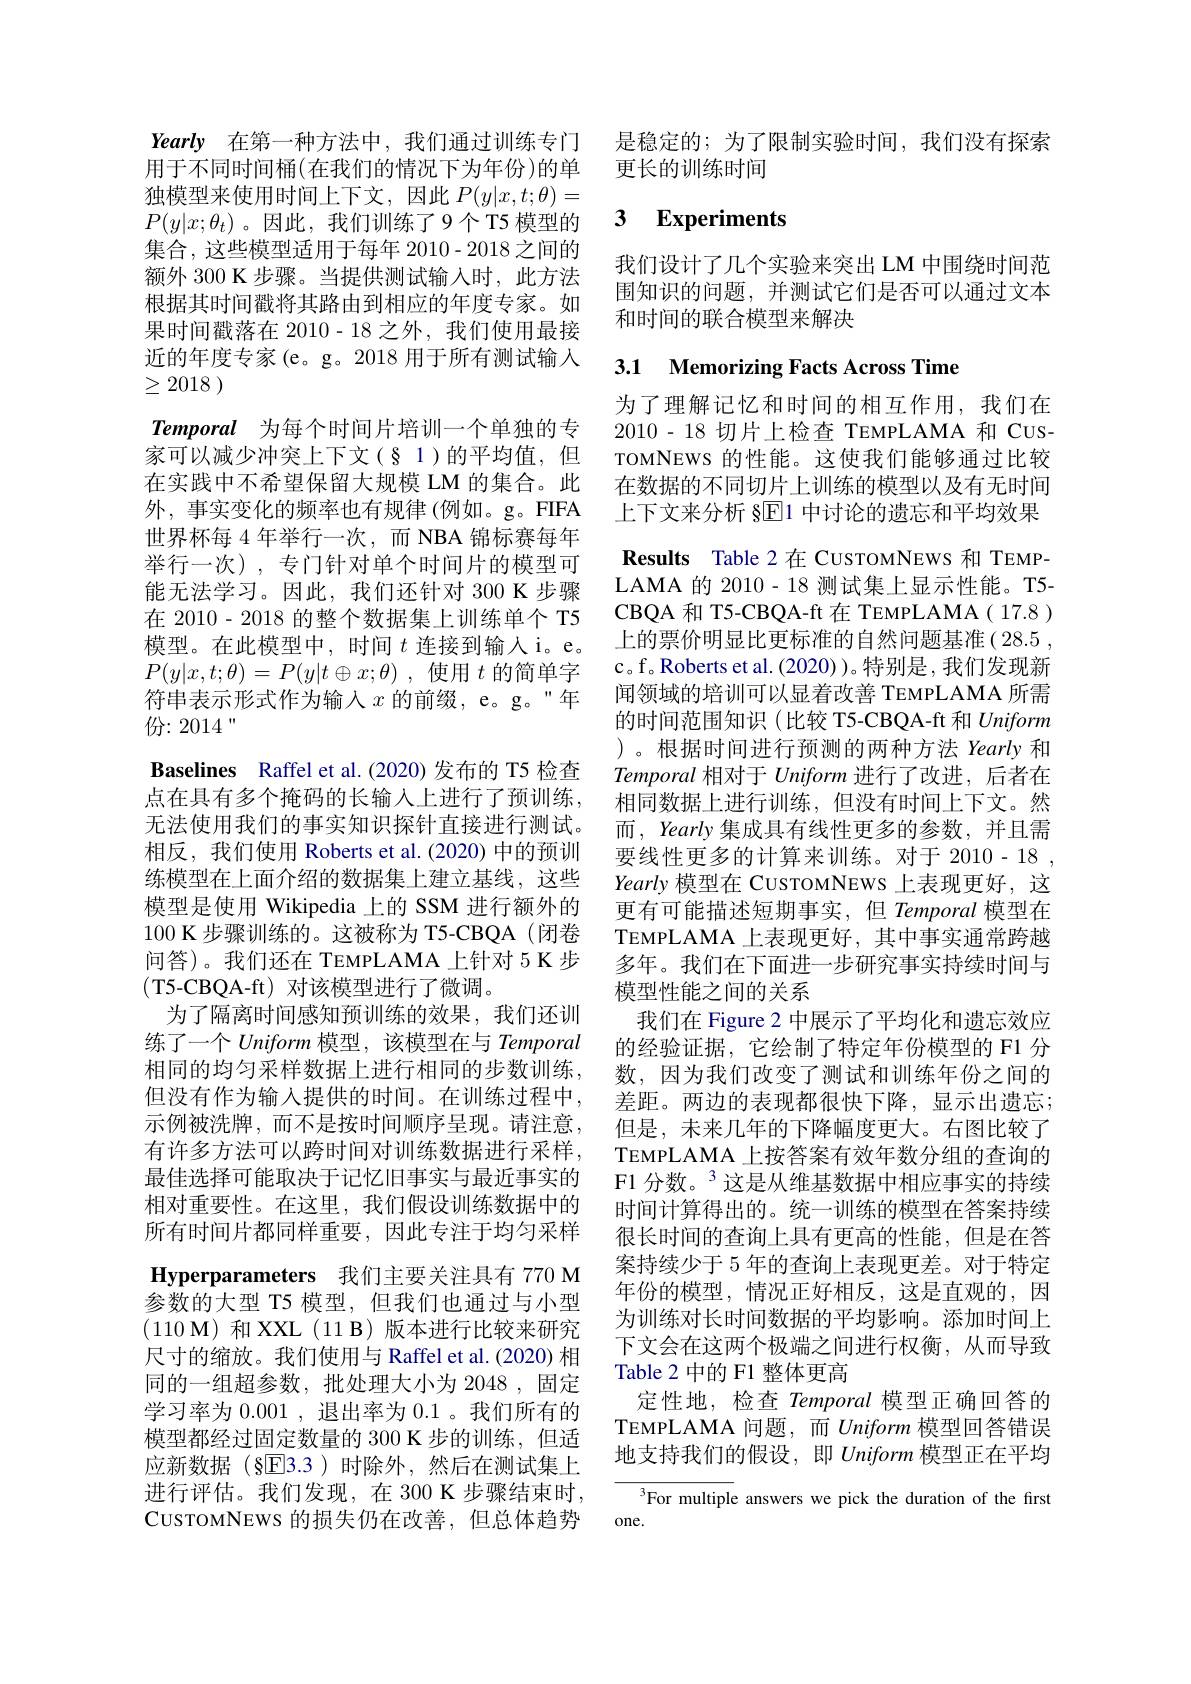
独模型来使用时间上下文，因此$P(y|x,t;\theta)=$ $P(y|x;\theta_t)$。因此，我们训练了9个T5 模型的集合，这些模型适用于每年 2010-2018之间的额外 300 K 步骤。当提供测试输入时，此方法根据其时间戳将其路由到相应的年度专家。如果时间戳落在 2010-18 之外，我们使用最接近的年度专家(e。g。2018 用于所有测试输入$\geq 2018$ )
Temporal 为每个时间片培训一个单独的专家可以减少冲突上下文(§ 1)的平均值，但在实践中不希望保留大规模 LM 的集合。此外，事实变化的频率也有规律 (例如。g。FIFA 世界杯每 4 年举行一次，而 NBA 锦标赛每年举行一次),专门针对单个时间片的模型可能无法学习。因此，我们还针对 300 K 步骤在 2010- 2018 的整个数据集上训练单个 T5模型。在此模型中，时间$t$连接到输入 i。e。$P( y| x, t; \theta ) = P( y| t\oplus x; \theta )$ ,使用$t$的简单字符串表示形式作为输入$x$的前缀，e。g。"年份：2014“
Baselines Raffel et al.(2020)发布的 T5 检查点在具有多个掩码的长输入上进行了预训练， 无法使用我们的事实知识探针直接进行测试。相反，我们使用 Roberts et al.(2020) 中的预训练模型在上面介绍的数据集上建立基线，这些模型是使用 Wikipedia 上的 SSM 进行额外的100 K 步骤训练的。这被称为 T5-CBQA(闭卷问答)。我们还在 TEMPLAMA 上针对 5 K 步(T5-CBQA-ft) 对该模型进行了微调。
为了隔离时间感知预训练的效果，我们还训练了一个Uniform模型，该模型在与 Temporal 相同的均匀采样数据上进行相同的步数训练， 但没有作为输入提供的时间。在训练过程中， 示例被洗牌，而不是按时间顺序呈现。请注意， 有许多方法可以跨时间对训练数据进行采样， 最佳选择可能取决于记忆旧事实与最近事实的相对重要性。在这里，我们假设训练数据中的所有时间片都同样重要，因此专注于均匀采样Hyperparameters 我们主要关注具有 770 M 参数的大型 T5 模型，但我们也通过与小型$( 110\textbf{M) 和 XXL( 11 B) 版 本 进 行 比 较 来 研 究 }$ 尺寸的缩放。我们使用与 Raffel et al.(2020) 相同的一组超参数，批处理大小为 2048,固定学习率为 0.001 , 退出率为 0.1 。我们所有的模型都经过固定数量的 300 K 步的训练，但适应新数据(§E3.3)时除外，然后在测试集上进行评估。我们发现，在 300 K 步骤结束时， CUSTOMNEWS 的损失仍在改善，但总体趋势

Yearly 在第一种方法中，我们通过训练专门 是稳定的；为了限制实验时间，我们没有探索
用于不同时间桶(在我们的情况下为年份)的单 更长的训练时间

# 3 Experiments

我们设计了几个实验来突出 LM 中围绕时间范围知识的问题，并测试它们是否可以通过文本和时间的联合模型来解决

# 3.1 Memorizing Facts Across Time

为了理解记忆和时间的相互作用，我们在2010 - 18 切片上检查 TEMPLAMA 和 CUSTOMNEWS 的性能。这使我们能够通过比较在数据的不同切片上训练的模型以及有无时间上下文来分析 §$\overline{\mathrm{E}}1$中讨论的遗忘和平均效果

Results Table 2在 CUSTOMNEWS 和 TEMPLAMA 的 2010- 18 测试集上显示性能。T5- CBQA 和 T5-CBQA-ft 在 TEMPLAMA( 17.8) 上的票价明显比更标准的自然问题基准(28.5 , c。f。Roberts et al. (2020) )。特别是，我们发现新闻领域的培训可以显着改善 TEMPLAMA 所需的时间范围知识(比较 T5-CBQA-ft 和 Uniform )。根据时间进行预测的两种方法 Yearly 和Temporal相对于 Uniform 进行了改进，后者在相同数据上进行训练，但没有时间上下文。然而，Yearly 集成具有线性更多的参数，并且需要线性更多的计算来训练。对于 2010- 18 , Yearly 模型在 CUSTOMNEWS 上表现更好，这更有可能描述短期事实，但 Temporal 模型在TEMPLAMA 上表现更好，其中事实通常跨越多年。我们在下面进一步研究事实持续时间与模型性能之间的关系
我们在 Figure 2 中展示了平均化和遗忘效应的经验证据，它绘制了特定年份模型的 F1 分数，因为我们改变了测试和训练年份之间的差距。两边的表现都很快下降，显示出遗忘； 但是，未来几年的下降幅度更大。右图比较了TEMPLAMA\_上按答案有效年数分组的查询的F1 分数。$^{3}$这是从维基数据中相应事实的持续时间计算得出的。统一训练的模型在答案持续很长时间的查询上具有更高的性能，但是在答案持续少于 5 年的查询上表现更差。对于特定年份的模型，情况正好相反，这是直观的，因为训练对长时间数据的平均影响。添加时间上下文会在这两个极端之间进行权衡，从而导致Table 2 中的 F1 整体更高
定性地，检查 Temporal 模型正确回答的TEMPLAMA 问题，而 Uniform 模型回答错误地支持我们的假设，即 Uniform 模型正在平均
$^{3}$For multiple answers we pick the duration of the first

one.